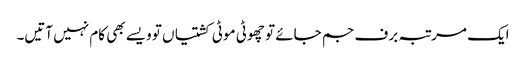
ایک مرتبہ برف جم جائے تو چھوٹی موٹی کشتیاں تو ویسے بھی کام نہیں آتیں۔